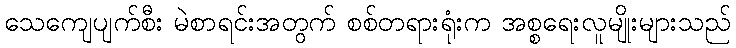
သေကျေပျက်စီး မဲစာရင်းအတွက် စစ်တရားရုံးက အစ္စရေးလူမျိုးများသည်